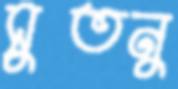
সুতনু